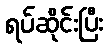
ရပ်ဆိုင်းပြီး